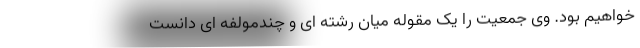
خواهیم بود. وی جمعیت را یک مقوله میان رشته ای و چندمولفه ای دانست